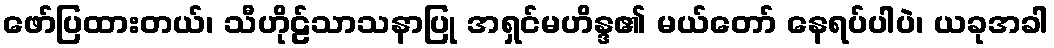
ဖော်ပြထားတယ်၊ သီဟိုဠ်သာသနာပြု အရှင်မဟိန္ဒ၏ မယ်တော် နေရပ်ပါပဲ၊ ယခုအခါ